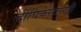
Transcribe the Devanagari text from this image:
दीर्घिकेसारखी